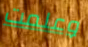
وعلمت